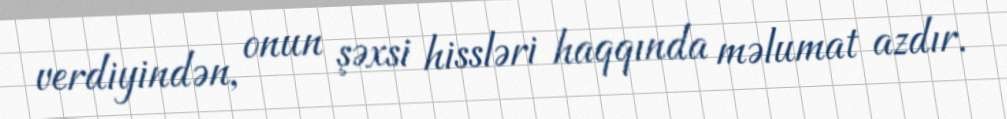
verdiyindən, onun şəxsi hissləri haqqında məlumat azdır.